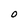
Character: O